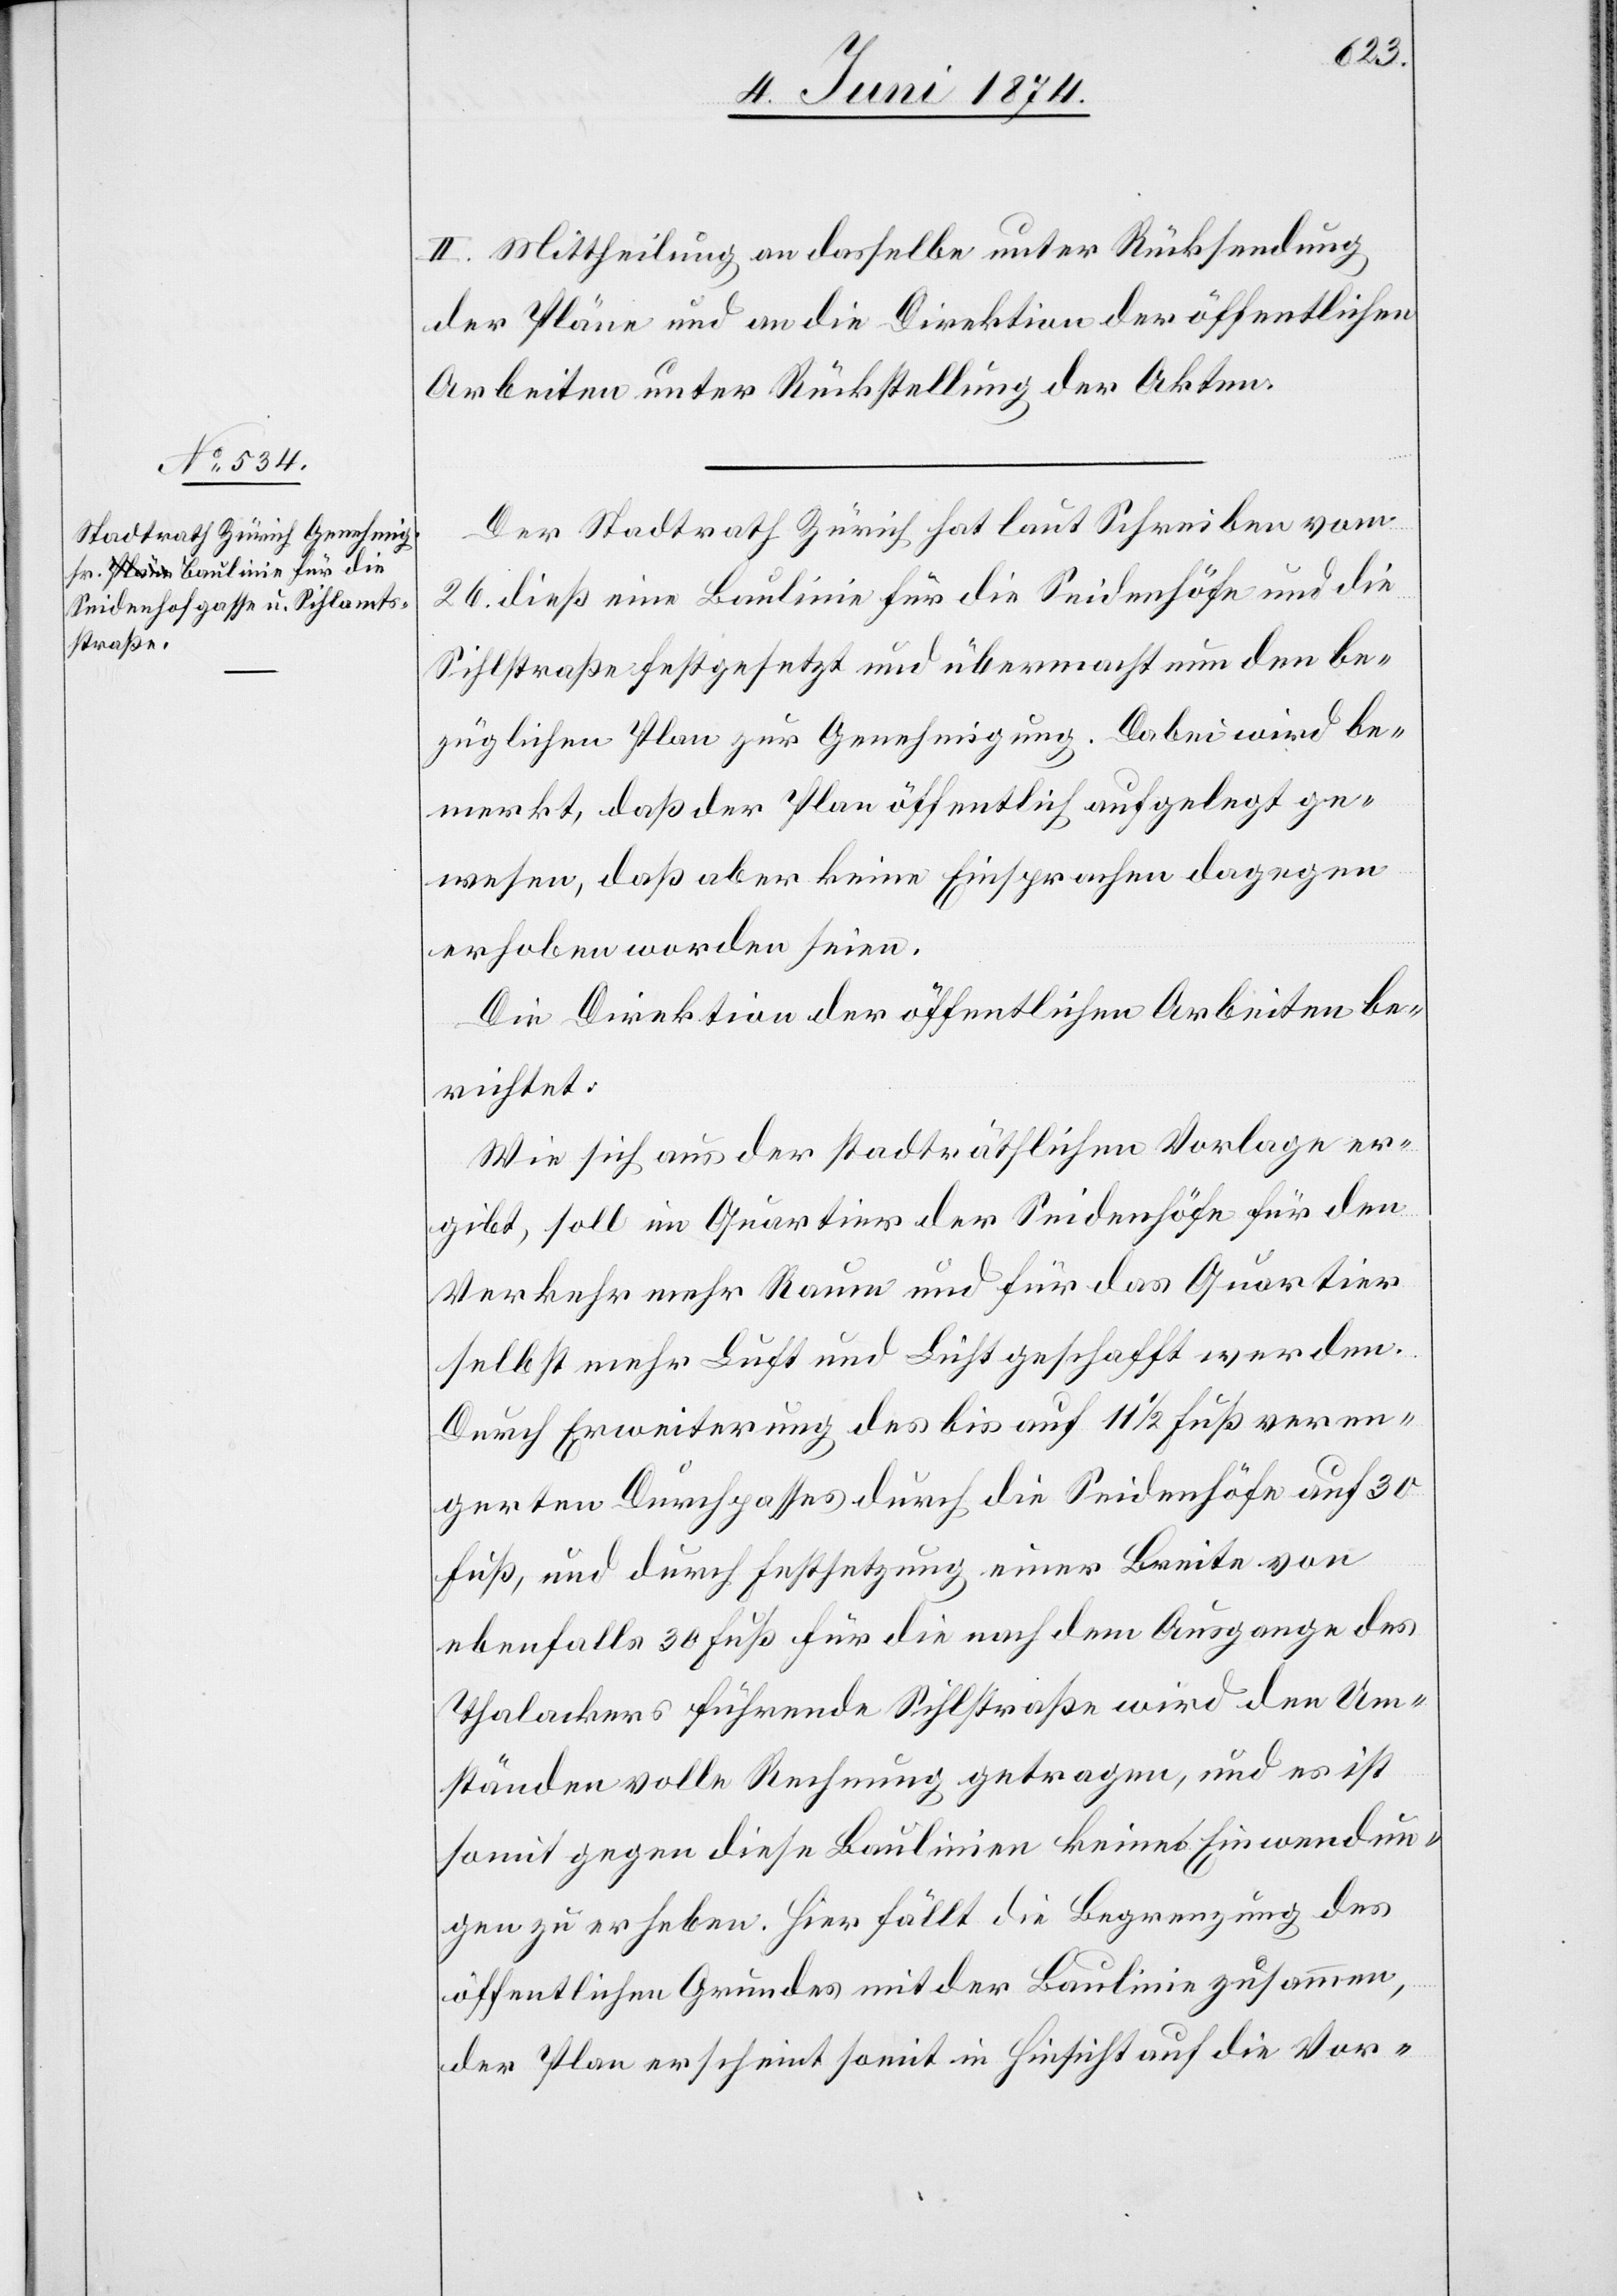
II. Mittheilung an dasselbe unter Rücksendung
der Pläne und an die Direktion der öffentlichen
Arbeiten unter Rückstellung der Akten.
Der Stadtrath Zürich hat laut Schreiben vom
26. dieß eine Baulinie für die Seidenhöfe und die
Sihlstraße festgesetzt und übermacht nun den be¬
züglichen Plan zur Genehmigung. Dabei wird be¬
merkt, daß der Plan öffentlich aufgelegt ge¬
wesen, daß aber keine Einsprachen dagegen
erhoben worden seien.
Die Direktion der öffentlichen Arbeiten be¬
richtet:
Wie sich aus der stadträthlichen Vorlage er¬
giebt, soll im Quartier der Seidenhöfe für den
Verkehr mehr Raum und für das Quartier
selbst mehr Luft und Licht geschafft werden.
Durch Erweiterung des bis auf 11 1/2 Fuß veren¬
gerten Durchpasses durch die Seidenhöfe auf 30
Fuß, und durch Festsetzung einer Breite von
ebenfalls 30 Fuß für die nach dem Ausgange des
Thalackers 6 führende Sihlstraße wird den Um¬
ständen volle Rechnung getragen, und es ist
somit gegen diese Baulinien keine Einwendungen
zu erheben. Hier fällt die Begrenzung des
öffentlichen Grundes mit der Baulinie zusammen,
der Plan erscheint somit in Hinsicht auf die Vor-